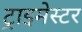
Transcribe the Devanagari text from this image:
ट्राइमेस्टर